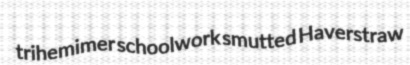
trihemimer schoolwork smutted Haverstraw